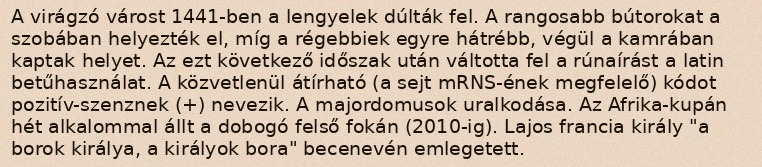
A virágzó várost 1441-ben a lengyelek dúlták fel. A rangosabb bútorokat a szobában helyezték el, míg a régebbiek egyre hátrébb, végül a kamrában kaptak helyet. Az ezt következő időszak után váltotta fel a rúnaírást a latin betűhasználat. A közvetlenül átírható (a sejt mRNS-ének megfelelő) kódot pozitív-szenznek (+) nevezik. A majordomusok uralkodása. Az Afrika-kupán hét alkalommal állt a dobogó felső fokán (2010-ig). Lajos francia király "a borok királya, a királyok bora" becenevén emlegetett.